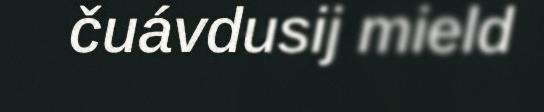
čuávdusij mield